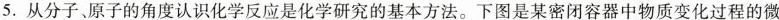
5.从分子、原子的角度认识化学反应是化学研究的基本方法。下图是某密闭容器中物质变化过程的微